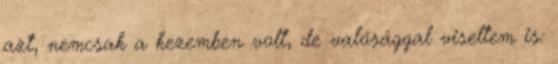
azt, nemcsak a kezemben volt, de valósággal viseltem is: